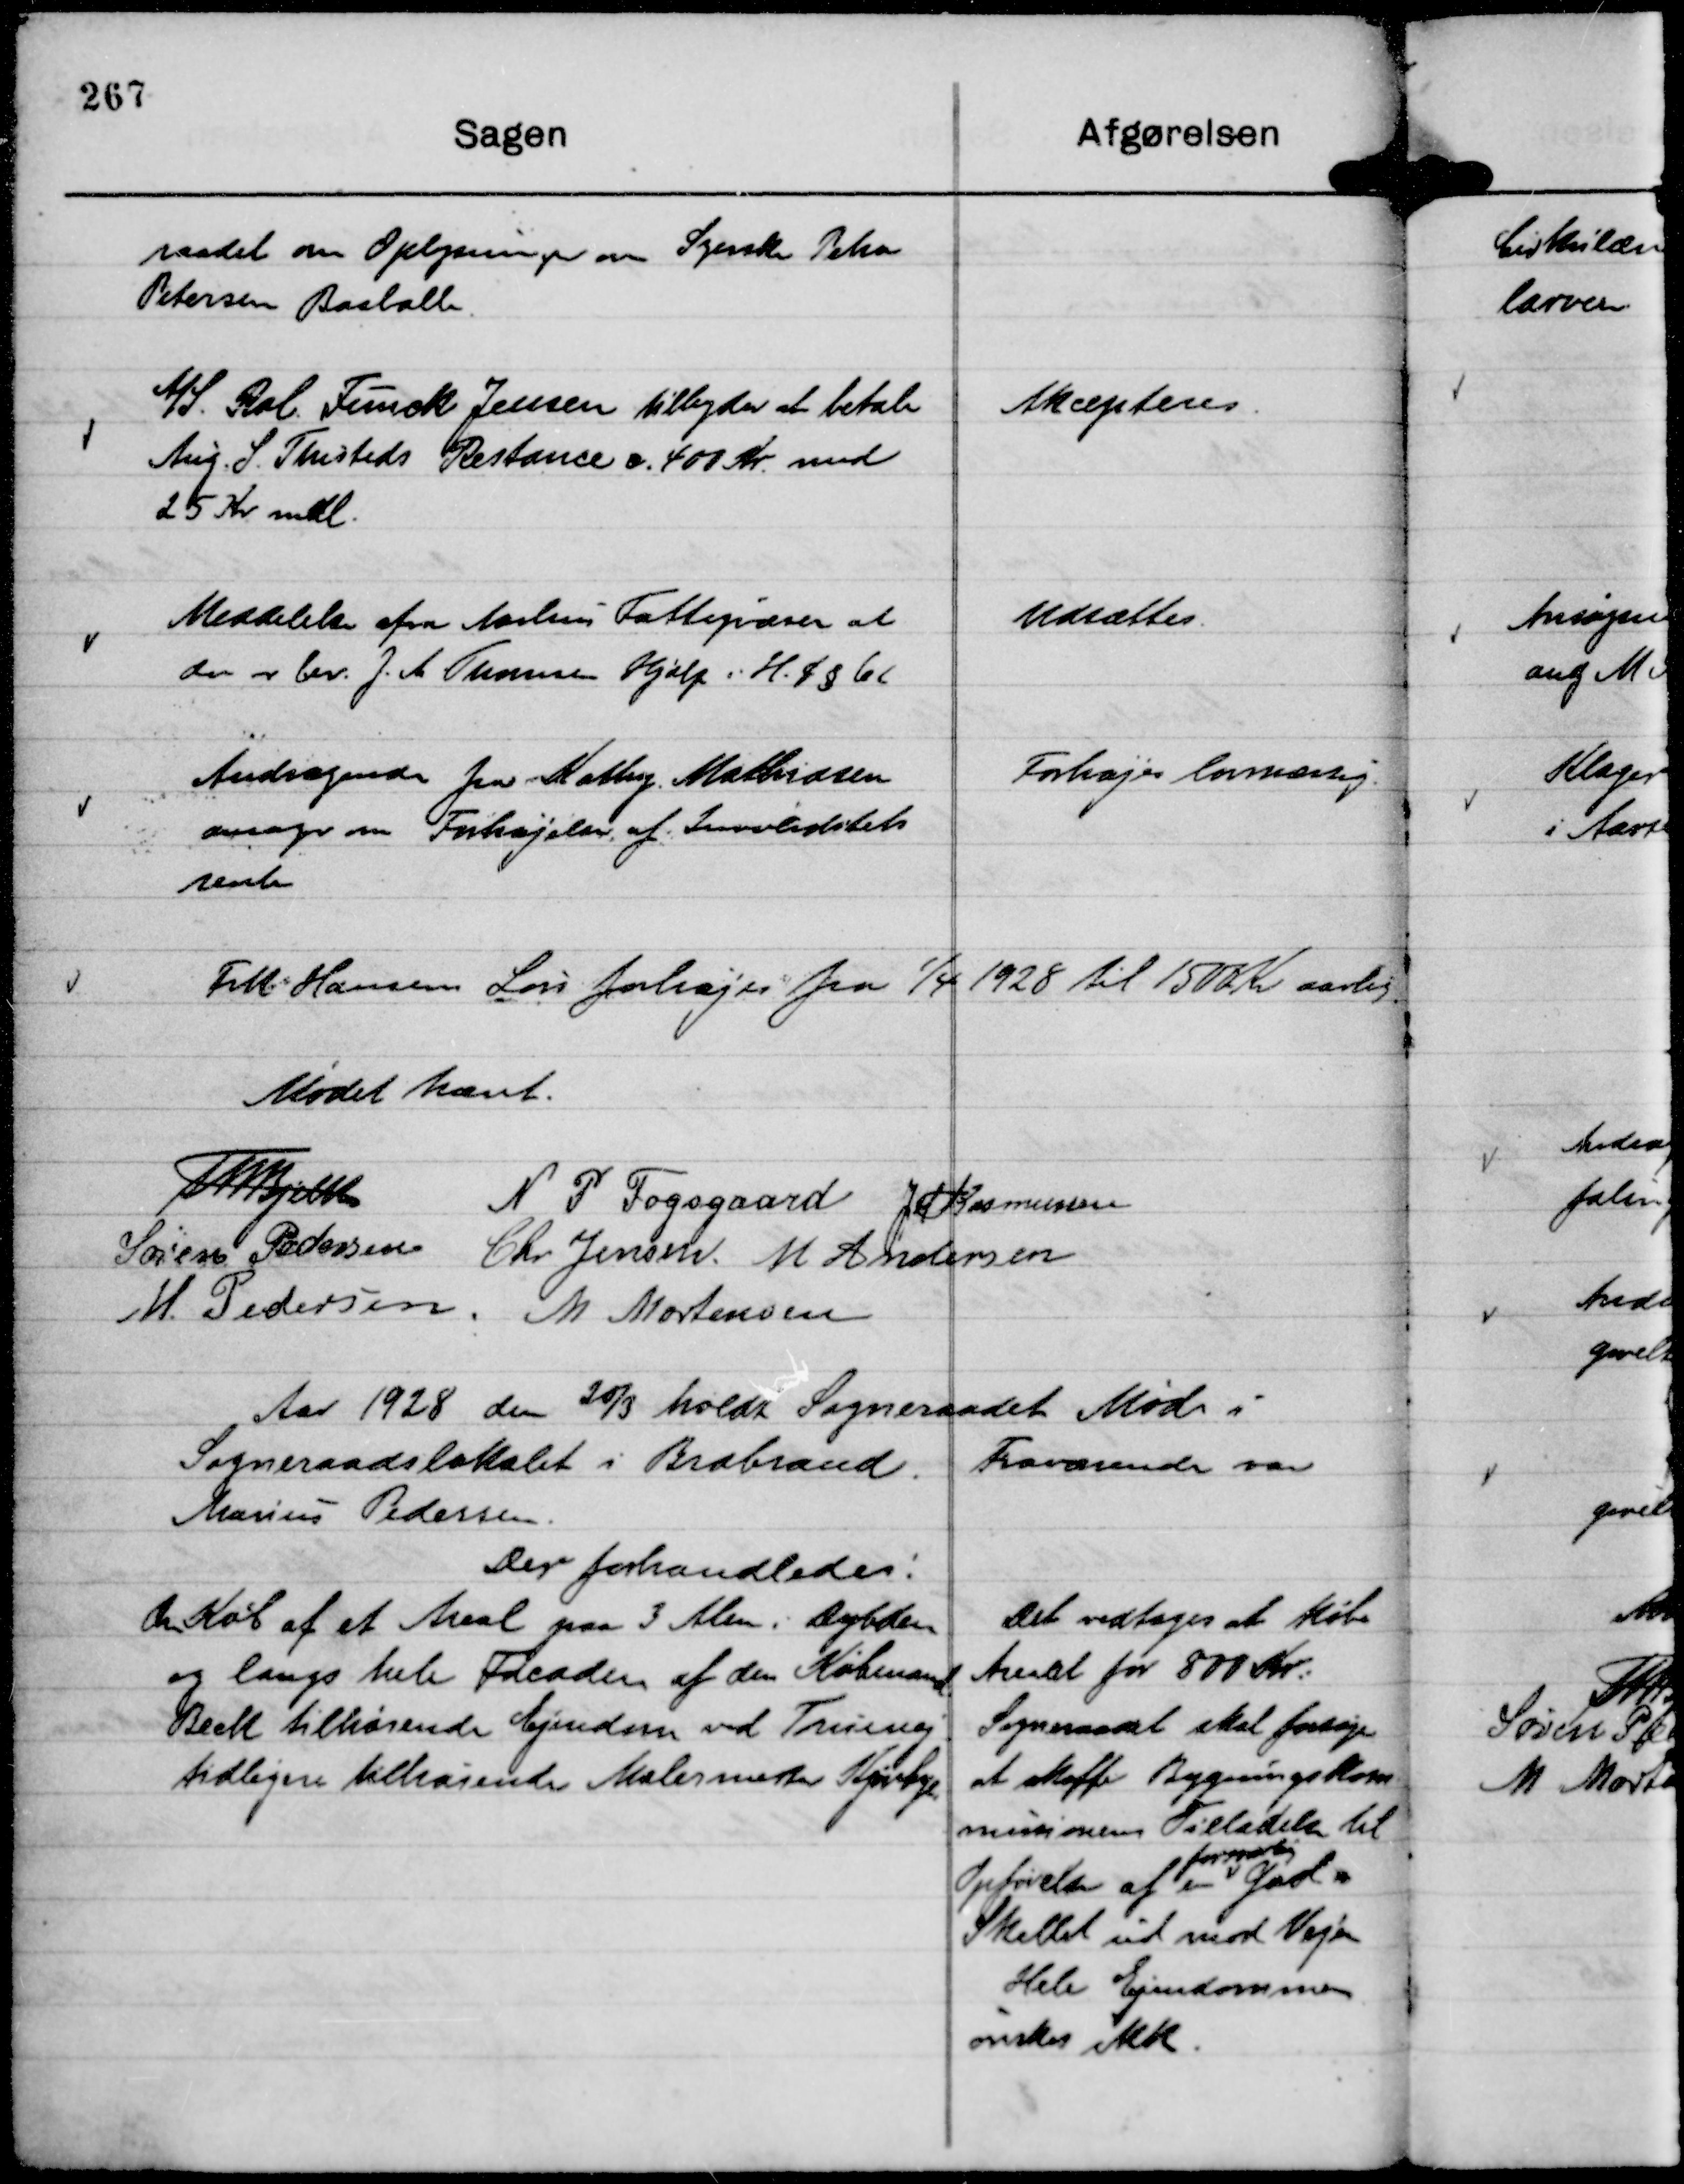
Transskription:
raadet om Oplysninger om Syerske Petra
Petersen Basballe.

A/S. Rob. Funck Jensen tilbyder at betale
Aug. S. Thisteds Restance c. 400 Kr. med
25 Kr mdl.

Akcepteres.

Meddelelse fra Aarhus Fattigvæsen at
der er bev. J. A Thomsen Hjælp i H. t § 61

Udsættes.

Andragende fra Kathy . Mathiasen
ansøger om Forhøjelse af Invaliditets
rente

Forhøjes lovmæssig

Frtt Hansens Løn forhøjes fra

1/4 1928 til 1500 Kr aarlig.

Mødet hævet.
Th Bjelke
N P Fogsgaard
J M Rasmussen
Søren Pedersen
Chr Jensen.
M Andersen
M. Pedersen.
M Mortensen

Aar 1928 den 20/3 holdt Sogneraadet Møde i
Sogneraadslokalet i Brabrand. Fraværende var
Marius Pedersen.
Der forhandledes:

Om Køb af et Areal paa 3 Alen i Dybden
og langs hele Facaden af den Købmand
Beck tilhørende Ejendom ved Truevej
tidligere tilhørende Malermester Kjærbye.

Det vedtages at Købe
Arealet for 800 Kr.
Sogneraadet skal forsøge
at skaffe Bygningskom
missionens Tilladelse til
Opførelse af en
forsvarlig
Gavl
Skellet ud mod Vejen
Hele Ejendommen
ønskes ikk.